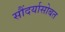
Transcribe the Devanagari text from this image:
सौंदर्यासोबत